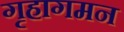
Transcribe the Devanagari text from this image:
गृहागमन